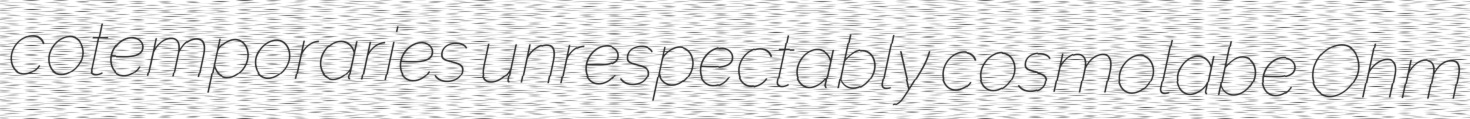
cotemporaries unrespectably cosmolabe Ohm